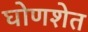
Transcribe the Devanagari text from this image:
घोणशेत